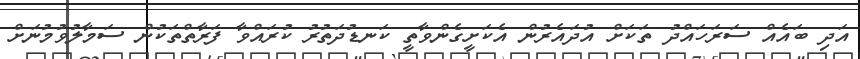
އަދި ބައެއް ސަރަހައްދު ތަކަށް އުދައެރުން އެކަށީގެންވާތީ ކަނޑުދަތުރު ކުރައްވާ ފަރާތްތަކުން ސަމާލުވުމުނަށް